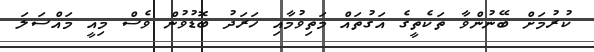
ކުރުމަށް ބޭނުންވާ ތަކެތީގެ އަގުތައް މަތިވުމާއި ހަރަދު ބޮޑުވުން ވެސް މިއީ މައްސަލަ